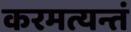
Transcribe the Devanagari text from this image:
करमत्यन्तं